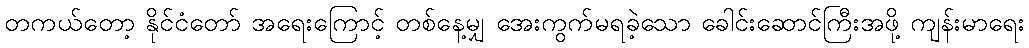
တကယ်တော့ နိုင်ငံတော် အရေးကြောင့် တစ်နေ့မျှ အေးကွက်မရခဲ့သော ခေါင်းဆောင်ကြီးအဖို့ ကျန်းမာရေး